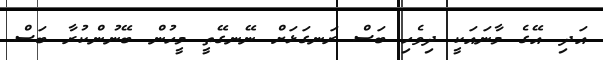
އަދި އޭގެ މާނައަކީ ދިވެހި ބަސް ރަނގަޅަށް ނޭނގޭތީ މީހުން ބޭނުންކުރާ ބަސް